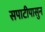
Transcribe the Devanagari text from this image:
सपाटीपासुन